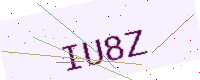
Text: IU8Z